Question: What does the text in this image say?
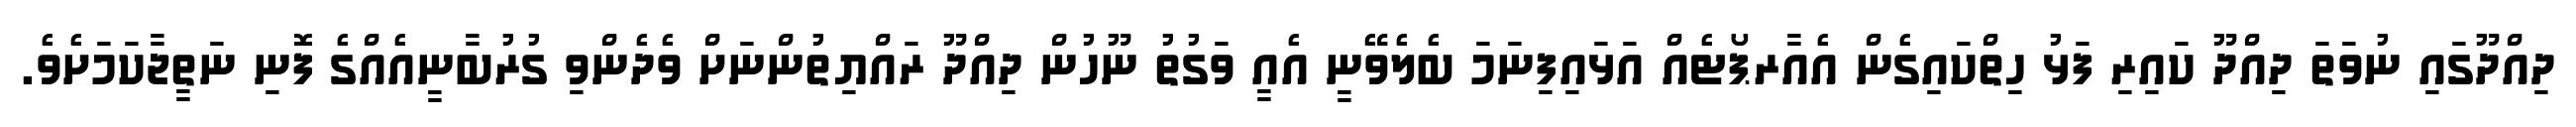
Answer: ދިއްދޫގައި ނުވަތަ ދިއްދޫ ކައިރި ފަޅު ހިތްކައިގެން އެއާރޕޯޓެއް އަޅައިފިނަމަ ބެލެވޭނީ އެއީ ވަގުތު ނޫހުން ދިއްދޫ ރައްޔިތުންނަށް ވެދެންވި ގުރުބާނީއެއްގެ ފޮނި ނަތީޖާކަމަށެވެ.